Vaccination Hyderabad 1872-1889 - 1872-1889
Year: 1872
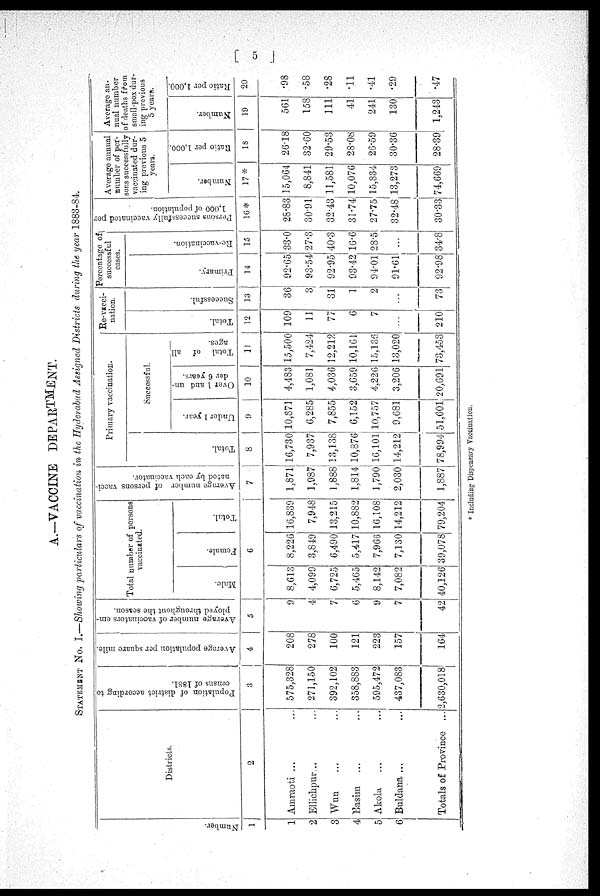
[ 5 ]
A.—VACCINE DEPARTMENT.
STATEMENT No. I.—Showing particulars of vaccination in the Hyderabad Assigned Districts during the year 1883-84.
Number.
1
1
2
3
4
5
6
Districts.
2
Amraoti ... ...
Ellichpur... ...
Wun
... ...
Basim ... ...
Akola
Buldana ... ...
Totals of Province ...
Population of district according to
census of 1881.
3
575,328
271,150
392,102
358,883
595,472
437,083
2,630,018
Average population per square mile.
4
208
278
100
121
223
157
164
Average number of vaccinators em-
ployed throughout the season.
5
9
4
7
6
9
7
42
Total number of persons
vaccinated.
Male.
Female.
Total.
6
8,613
4,099
6,725
5,465
8,142
7,082
40,126
8,226
3,849
6,490
5,417
7,966
7,130
39,078
16,839
7,948
13,215
10,882
16,108
14,212
79,204
Average number of persons vacci¬
nated by each vaccinator.
7
1,871
1,987
1,888
1,814
1,790
2,030
1,887
Primary vaccination.
Total.
8
16,730
7,937
13,138
10,876
16,101
14,212
78,994
Successful.
Under 1 year.
9
10,871
6,285
7,855
6,152
10,757
9,681
51,601
Over 1 and un-
der 6 years.
10
4,483
1,081
4,036
3,659
4,226
3,206
20,691
Total of
all
ages.
11
15,500
7,424
12,212
10,161
15,136
13,020
73,453
Re-vacci-
nation.
Total.
12
109
11
77
6
7
...
210
Successful.
13
36
3
31
1
2
...
73
Percentage of
successful
cases.
Primary.
14
92.65
93.54
92.95
93.42
94.01
91.61
92.98
Re-vaccination.
15
33.0
27.3
40.3
16.6
28.5
...
34.8
Persons successfully vaccinated per
1,000 of population.
16*
28.83
30.91
32.43
31.74
27.75
32.48
30.33
Average annual
number of per-
sons successfully
vaccinated dur-
ing previous 5
years.
Number.
17*
15,064
8,841
11,581
10,076
15,834
13,273
74,669
Ratio per 1,000.
18
26.18
32.60
29.53
28.08
26.59
30.36
28.39
Average an-
nual number
of deaths from
small-pox dur-
ing previous
5 years.
Number.
19
561
158
111
41
241
130
1,243
Ratio per 1,000.
20
.98
.58
.28
.11
.41
.29
.47
* Including Dispensary Vaccination.